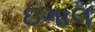
ઇગાલ